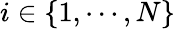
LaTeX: i\in\{ 1,\cdots,N\}